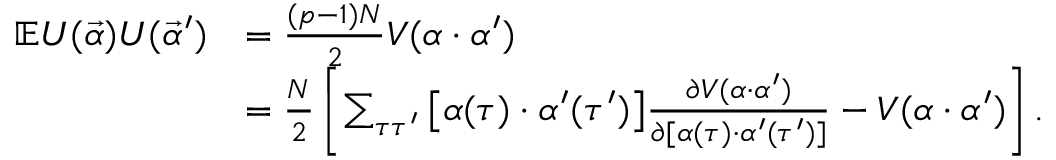
\begin{array} { r l } { \mathbb { E } U ( \vec { \alpha } ) U ( \vec { \alpha } ^ { \prime } ) } & { = \frac { ( p - 1 ) N } { 2 } V ( \alpha \cdot \alpha ^ { \prime } ) } \\ & { = \frac { N } { 2 } \left[ \sum _ { \tau \tau ^ { \prime } } \big [ \alpha ( \tau ) \cdot \alpha ^ { \prime } ( \tau ^ { \prime } ) \big ] \frac { \partial V ( \alpha \cdot \alpha ^ { \prime } ) } { \partial [ \alpha ( \tau ) \cdot \alpha ^ { \prime } ( \tau ^ { \prime } ) ] } - V ( \alpha \cdot \alpha ^ { \prime } ) \right] . } \end{array}